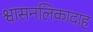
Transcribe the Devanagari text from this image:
श्वासनलिकादाह